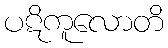
ပဋိကူလောတိ